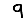
Digit: 9